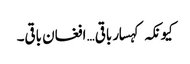
کیونکہ کہسار باقی… افغان باقی۔